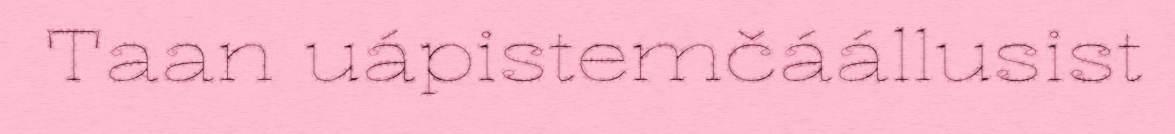
Taan uápistemčáállusist